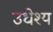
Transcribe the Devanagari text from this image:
उधेश्य